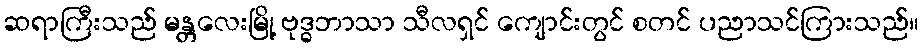
ဆရာကြီးသည် မန္တလေးမြို့ ဗုဒ္ဓဘာသာ သီလရှင် ကျောင်းတွင် စတင် ပညာသင်ကြားသည်။